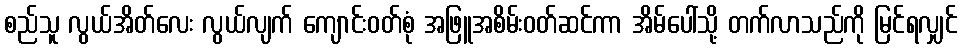
စည်သူ လွယ်အိတ်လေး လွယ်လျက် ကျောင်းဝတ်စုံ အဖြူအစိမ်းဝတ်ဆင်ကာ အိမ်ပေါ်သို့ တက်လာသည်ကို မြင်ရလျှင်